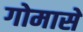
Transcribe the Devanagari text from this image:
गोमासे